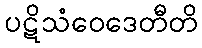
ပဋိသံဝေဒေတီတိ